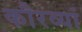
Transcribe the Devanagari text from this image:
कौरव्यां